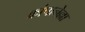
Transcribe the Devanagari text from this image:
कांपानेल्ला